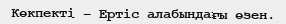
Көкпекті – Ертіс алабындағы өзен.